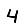
Digit: 4